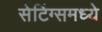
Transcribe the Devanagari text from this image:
सेटिंग्समध्ये